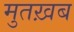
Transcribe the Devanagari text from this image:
मुतख़ब